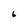
Character: 6